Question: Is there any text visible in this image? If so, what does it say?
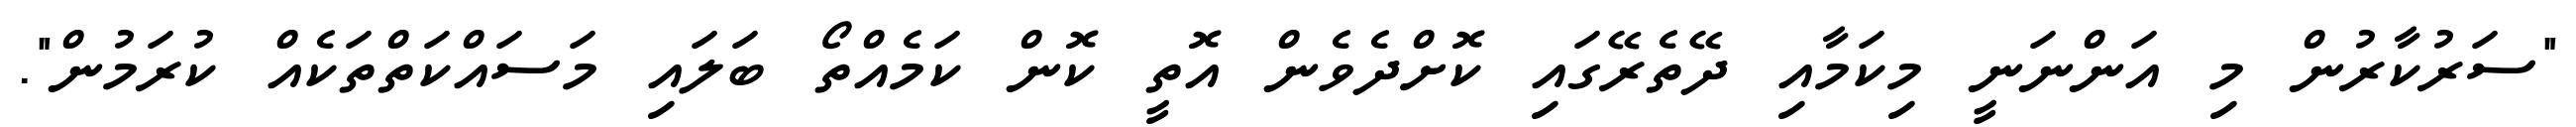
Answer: "ސަރުކާރުން މި އަންނަނީ މިކަމާއި ދޭތެރޭގައި ކޮށްދެވެން އޮތީ ކޮން ކަމެއްތޯ ބަލައި މަސައްކަތްތަކެއް ކުރަމުން".